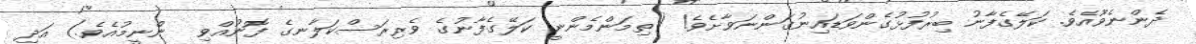
ދެންނެވޫއެވެ. ކަލޭގެފާނު ބިރުފުޅުގެންވަޑައިނުގަންނަވާށެވެ! (ތިމަންމެންނީ ކަލޭގެފާނުގެ ވެރިރަސްކަލާނގެ ފޮނުއްވި  ންނީމުއެވެ.) އަދި